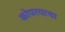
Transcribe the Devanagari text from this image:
कोपरयाचा